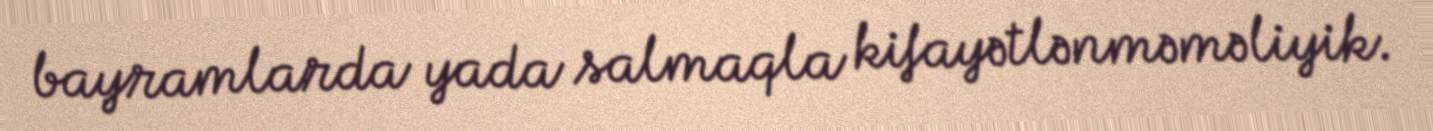
bayramlarda yada salmaqla kifayətlənməməliyik.